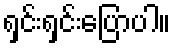
ရှင်းရှင်းပြောပါ။